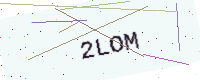
Text: 2LOM